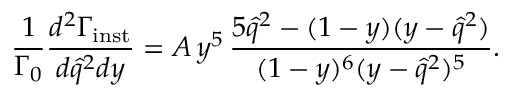
\displaystyle { \frac { 1 } { \Gamma _ { 0 } } } { \frac { d ^ { 2 } \Gamma _ { \mathrm { i n s t } } } { d \hat { q } ^ { 2 } d y } } = A \, y ^ { 5 } \, { \frac { 5 \hat { q } ^ { 2 } - ( 1 - y ) ( y - \hat { q } ^ { 2 } ) } { ( 1 - y ) ^ { 6 } ( y - \hat { q } ^ { 2 } ) ^ { 5 } } } .